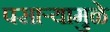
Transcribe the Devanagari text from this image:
पसाऱ्यामुळे